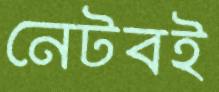
নেটবই